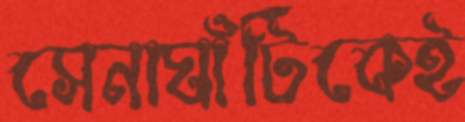
সেনাঘাঁটিকেই